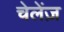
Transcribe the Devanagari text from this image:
चेलेंज़